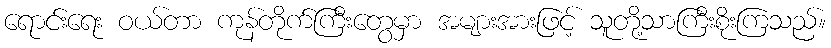
ရောင်းရေး ဝယ်တာ ကုန်တိုက်ကြီးတွေမှာ အများအားဖြင့် သူတို့သာကြီးစိုးကြသည်။